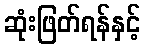
ဆုံးဖြတ်ရန်နှင့်